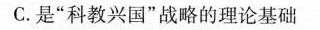
C.是”科教兴国”战略的理论基础